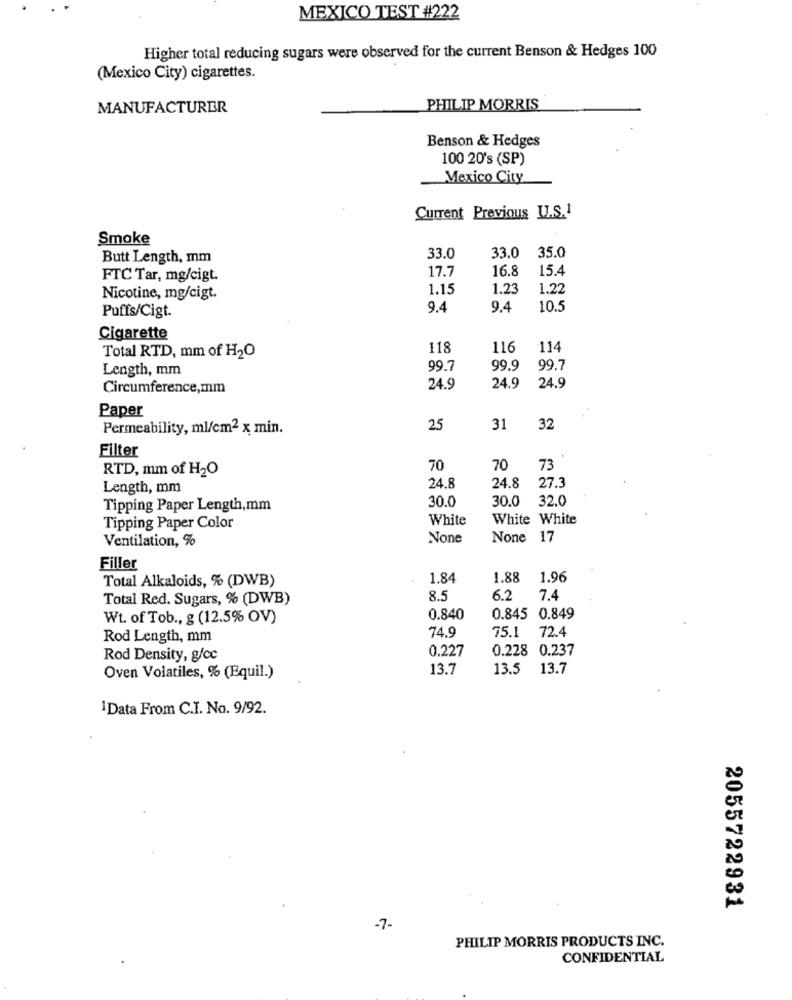
MEXICO TEST #222
Higher total reducing sugars were observed for the current Benson & Hedges 100
(Mexico City) cigarettes.
MANUFACTURER
PHILIP MORRIS
Benson & Hedges
100 20's (SP)
Mexico City
Current Previous U.S.1
Smoke
Butt Length, mm
33.0
33.0
35.0
17.7
16.8
15.4
FTC Tar, mg/cigt.
1.15
1.23
1.22
Nicotine, mg/cigt.
9.4
9.4
10.5
Puffs/Cigt.
Cigarette
118
116
114
Total RTD, mm of H2O
Length, mm
99.7
99.9
99.7
Circumference,mm
24.9
24.9
24.9
Paper
Permeability, ml/cm2 x min.
25
31
32
Filter
RTD, mm of H2O
70
70
73
24.8
Length, mm
24.8
27.3
30.0
30.0
32.0
Tipping Paper Length,mm
White
White White
Tipping Paper Color
Ventilation, %
None 17
Filler
1.84
1.88
1.96
Total Alkaloids, % (DWB)
Total Red. Sugars, % (DWB)
8.5
6.2
7.4
Wt. of Tob ., g (12.5% OV)
0.840
0.845 0.849
74.9
72.4
Rod Length, mm
75.1
0.227
0.228 0.237
Rod Density, g/cc
13.7
13.5
13.7
Oven Volatiles, % (Equil.)
1Data From C.I. No. 9/92.
2055722931
-7-
PHILIP MORRIS PRODUCTS INC.
CONFIDENTIAL